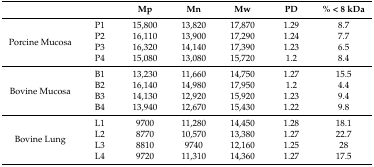
|  |  | Mp | Mn | Mw | PD | % < 8 kDa |
 | --- | --- | --- | --- | --- | --- | --- |
 | <ROWSPAN=4> Porcine Mucosa | P1 | 15,800 | 13,820 | 17,870 | 1.29 | 8.7 |
 | P2 | 16,110 | 13,900 | 17,290 | 1.24 | 7.7 |
 | P3 | 16,320 | 14,140 | 17,390 | 1.23 | 6.5 |
 | P4 | 15,080 | 13,080 | 15,720 | 1.2 | 8.4 |
 | <ROWSPAN=4> Bovine Mucosa | B1 | 13,230 | 11,660 | 14,750 | 1.27 | 15.5 |
 | B2 | 16,140 | 14,980 | 17,950 | 1.2 | 4.4 |
 | B3 | 14,130 | 12,920 | 15,920 | 1.23 | 9.4 |
 | B4 | 13,940 | 12,670 | 15,430 | 1.22 | 9.8 |
 | <ROWSPAN=4> Bovine Lung | L1 | 9700 | 11,280 | 14,450 | 1.28 | 18.1 |
 | L2 | 8770 | 10,570 | 13,380 | 1.27 | 22.7 |
 | L3 | 8810 | 9740 | 12,160 | 1.25 | 28 |
 | L4 | 9720 | 11,310 | 14,360 | 1.27 | 17.5 |